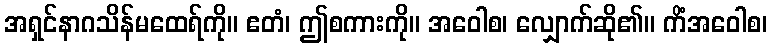
အရှင်နာဂသိန်မထေရ်ကို။ ဧတံ၊ ဤစကားကို။ အဝေါစ၊ လျှောက်ဆို၏။ ကိံအဝေါစ၊